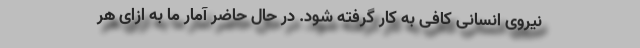
نیروی انسانی کافی به کار گرفته شود. در حال حاضر آمار ما به ازای هر